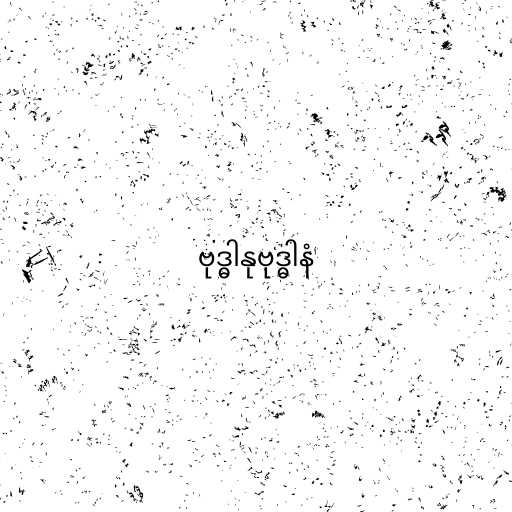
ဗုဒ္ဓါနုဗုဒ္ဓါနံ